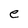
Character: e